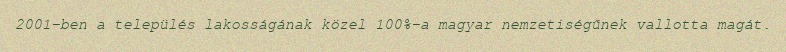
2001-ben a település lakosságának közel 100%-a magyar nemzetiségűnek vallotta magát.